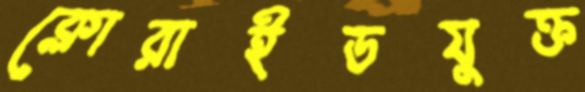
ক্লোরাইডযুক্ত